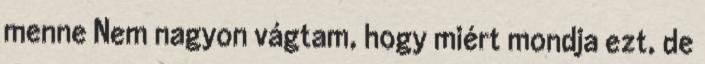
menne Nem nagyon vágtam, hogy miért mondja ezt, de